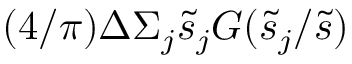
( 4 / \pi ) \Delta \Sigma _ { j } \tilde { s } _ { j } G ( \tilde { s } _ { j } / \tilde { s } )